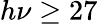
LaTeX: h\nu\geq 27